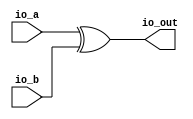
module xor2(
  input   io_a,
  input   io_b,
  output  io_out
);
  assign io_out = io_a ^ io_b; // @[getOnesComplement.scala 13:20]
endmodule
module getOnesComplement(
  input         clock,
  input         reset,
  input         io_cin,
  input  [63:0] io_i1,
  output [63:0] io_onesComp
);
  wire  xor_0_io_a; // @[getOnesComplement.scala 24:33]
  wire  xor_0_io_b; // @[getOnesComplement.scala 24:33]
  wire  xor_0_io_out; // @[getOnesComplement.scala 24:33]
  wire  xor_1_io_a; // @[getOnesComplement.scala 24:33]
  wire  xor_1_io_b; // @[getOnesComplement.scala 24:33]
  wire  xor_1_io_out; // @[getOnesComplement.scala 24:33]
  wire  xor_2_io_a; // @[getOnesComplement.scala 24:33]
  wire  xor_2_io_b; // @[getOnesComplement.scala 24:33]
  wire  xor_2_io_out; // @[getOnesComplement.scala 24:33]
  wire  xor_3_io_a; // @[getOnesComplement.scala 24:33]
  wire  xor_3_io_b; // @[getOnesComplement.scala 24:33]
  wire  xor_3_io_out; // @[getOnesComplement.scala 24:33]
  wire  xor_4_io_a; // @[getOnesComplement.scala 24:33]
  wire  xor_4_io_b; // @[getOnesComplement.scala 24:33]
  wire  xor_4_io_out; // @[getOnesComplement.scala 24:33]
  wire  xor_5_io_a; // @[getOnesComplement.scala 24:33]
  wire  xor_5_io_b; // @[getOnesComplement.scala 24:33]
  wire  xor_5_io_out; // @[getOnesComplement.scala 24:33]
  wire  xor_6_io_a; // @[getOnesComplement.scala 24:33]
  wire  xor_6_io_b; // @[getOnesComplement.scala 24:33]
  wire  xor_6_io_out; // @[getOnesComplement.scala 24:33]
  wire  xor_7_io_a; // @[getOnesComplement.scala 24:33]
  wire  xor_7_io_b; // @[getOnesComplement.scala 24:33]
  wire  xor_7_io_out; // @[getOnesComplement.scala 24:33]
  wire  xor_8_io_a; // @[getOnesComplement.scala 24:33]
  wire  xor_8_io_b; // @[getOnesComplement.scala 24:33]
  wire  xor_8_io_out; // @[getOnesComplement.scala 24:33]
  wire  xor_9_io_a; // @[getOnesComplement.scala 24:33]
  wire  xor_9_io_b; // @[getOnesComplement.scala 24:33]
  wire  xor_9_io_out; // @[getOnesComplement.scala 24:33]
  wire  xor_10_io_a; // @[getOnesComplement.scala 24:33]
  wire  xor_10_io_b; // @[getOnesComplement.scala 24:33]
  wire  xor_10_io_out; // @[getOnesComplement.scala 24:33]
  wire  xor_11_io_a; // @[getOnesComplement.scala 24:33]
  wire  xor_11_io_b; // @[getOnesComplement.scala 24:33]
  wire  xor_11_io_out; // @[getOnesComplement.scala 24:33]
  wire  xor_12_io_a; // @[getOnesComplement.scala 24:33]
  wire  xor_12_io_b; // @[getOnesComplement.scala 24:33]
  wire  xor_12_io_out; // @[getOnesComplement.scala 24:33]
  wire  xor_13_io_a; // @[getOnesComplement.scala 24:33]
  wire  xor_13_io_b; // @[getOnesComplement.scala 24:33]
  wire  xor_13_io_out; // @[getOnesComplement.scala 24:33]
  wire  xor_14_io_a; // @[getOnesComplement.scala 24:33]
  wire  xor_14_io_b; // @[getOnesComplement.scala 24:33]
  wire  xor_14_io_out; // @[getOnesComplement.scala 24:33]
  wire  xor_15_io_a; // @[getOnesComplement.scala 24:33]
  wire  xor_15_io_b; // @[getOnesComplement.scala 24:33]
  wire  xor_15_io_out; // @[getOnesComplement.scala 24:33]
  wire  xor_16_io_a; // @[getOnesComplement.scala 24:33]
  wire  xor_16_io_b; // @[getOnesComplement.scala 24:33]
  wire  xor_16_io_out; // @[getOnesComplement.scala 24:33]
  wire  xor_17_io_a; // @[getOnesComplement.scala 24:33]
  wire  xor_17_io_b; // @[getOnesComplement.scala 24:33]
  wire  xor_17_io_out; // @[getOnesComplement.scala 24:33]
  wire  xor_18_io_a; // @[getOnesComplement.scala 24:33]
  wire  xor_18_io_b; // @[getOnesComplement.scala 24:33]
  wire  xor_18_io_out; // @[getOnesComplement.scala 24:33]
  wire  xor_19_io_a; // @[getOnesComplement.scala 24:33]
  wire  xor_19_io_b; // @[getOnesComplement.scala 24:33]
  wire  xor_19_io_out; // @[getOnesComplement.scala 24:33]
  wire  xor_20_io_a; // @[getOnesComplement.scala 24:33]
  wire  xor_20_io_b; // @[getOnesComplement.scala 24:33]
  wire  xor_20_io_out; // @[getOnesComplement.scala 24:33]
  wire  xor_21_io_a; // @[getOnesComplement.scala 24:33]
  wire  xor_21_io_b; // @[getOnesComplement.scala 24:33]
  wire  xor_21_io_out; // @[getOnesComplement.scala 24:33]
  wire  xor_22_io_a; // @[getOnesComplement.scala 24:33]
  wire  xor_22_io_b; // @[getOnesComplement.scala 24:33]
  wire  xor_22_io_out; // @[getOnesComplement.scala 24:33]
  wire  xor_23_io_a; // @[getOnesComplement.scala 24:33]
  wire  xor_23_io_b; // @[getOnesComplement.scala 24:33]
  wire  xor_23_io_out; // @[getOnesComplement.scala 24:33]
  wire  xor_24_io_a; // @[getOnesComplement.scala 24:33]
  wire  xor_24_io_b; // @[getOnesComplement.scala 24:33]
  wire  xor_24_io_out; // @[getOnesComplement.scala 24:33]
  wire  xor_25_io_a; // @[getOnesComplement.scala 24:33]
  wire  xor_25_io_b; // @[getOnesComplement.scala 24:33]
  wire  xor_25_io_out; // @[getOnesComplement.scala 24:33]
  wire  xor_26_io_a; // @[getOnesComplement.scala 24:33]
  wire  xor_26_io_b; // @[getOnesComplement.scala 24:33]
  wire  xor_26_io_out; // @[getOnesComplement.scala 24:33]
  wire  xor_27_io_a; // @[getOnesComplement.scala 24:33]
  wire  xor_27_io_b; // @[getOnesComplement.scala 24:33]
  wire  xor_27_io_out; // @[getOnesComplement.scala 24:33]
  wire  xor_28_io_a; // @[getOnesComplement.scala 24:33]
  wire  xor_28_io_b; // @[getOnesComplement.scala 24:33]
  wire  xor_28_io_out; // @[getOnesComplement.scala 24:33]
  wire  xor_29_io_a; // @[getOnesComplement.scala 24:33]
  wire  xor_29_io_b; // @[getOnesComplement.scala 24:33]
  wire  xor_29_io_out; // @[getOnesComplement.scala 24:33]
  wire  xor_30_io_a; // @[getOnesComplement.scala 24:33]
  wire  xor_30_io_b; // @[getOnesComplement.scala 24:33]
  wire  xor_30_io_out; // @[getOnesComplement.scala 24:33]
  wire  xor_31_io_a; // @[getOnesComplement.scala 24:33]
  wire  xor_31_io_b; // @[getOnesComplement.scala 24:33]
  wire  xor_31_io_out; // @[getOnesComplement.scala 24:33]
  wire  xor_32_io_a; // @[getOnesComplement.scala 24:33]
  wire  xor_32_io_b; // @[getOnesComplement.scala 24:33]
  wire  xor_32_io_out; // @[getOnesComplement.scala 24:33]
  wire  xor_33_io_a; // @[getOnesComplement.scala 24:33]
  wire  xor_33_io_b; // @[getOnesComplement.scala 24:33]
  wire  xor_33_io_out; // @[getOnesComplement.scala 24:33]
  wire  xor_34_io_a; // @[getOnesComplement.scala 24:33]
  wire  xor_34_io_b; // @[getOnesComplement.scala 24:33]
  wire  xor_34_io_out; // @[getOnesComplement.scala 24:33]
  wire  xor_35_io_a; // @[getOnesComplement.scala 24:33]
  wire  xor_35_io_b; // @[getOnesComplement.scala 24:33]
  wire  xor_35_io_out; // @[getOnesComplement.scala 24:33]
  wire  xor_36_io_a; // @[getOnesComplement.scala 24:33]
  wire  xor_36_io_b; // @[getOnesComplement.scala 24:33]
  wire  xor_36_io_out; // @[getOnesComplement.scala 24:33]
  wire  xor_37_io_a; // @[getOnesComplement.scala 24:33]
  wire  xor_37_io_b; // @[getOnesComplement.scala 24:33]
  wire  xor_37_io_out; // @[getOnesComplement.scala 24:33]
  wire  xor_38_io_a; // @[getOnesComplement.scala 24:33]
  wire  xor_38_io_b; // @[getOnesComplement.scala 24:33]
  wire  xor_38_io_out; // @[getOnesComplement.scala 24:33]
  wire  xor_39_io_a; // @[getOnesComplement.scala 24:33]
  wire  xor_39_io_b; // @[getOnesComplement.scala 24:33]
  wire  xor_39_io_out; // @[getOnesComplement.scala 24:33]
  wire  xor_40_io_a; // @[getOnesComplement.scala 24:33]
  wire  xor_40_io_b; // @[getOnesComplement.scala 24:33]
  wire  xor_40_io_out; // @[getOnesComplement.scala 24:33]
  wire  xor_41_io_a; // @[getOnesComplement.scala 24:33]
  wire  xor_41_io_b; // @[getOnesComplement.scala 24:33]
  wire  xor_41_io_out; // @[getOnesComplement.scala 24:33]
  wire  xor_42_io_a; // @[getOnesComplement.scala 24:33]
  wire  xor_42_io_b; // @[getOnesComplement.scala 24:33]
  wire  xor_42_io_out; // @[getOnesComplement.scala 24:33]
  wire  xor_43_io_a; // @[getOnesComplement.scala 24:33]
  wire  xor_43_io_b; // @[getOnesComplement.scala 24:33]
  wire  xor_43_io_out; // @[getOnesComplement.scala 24:33]
  wire  xor_44_io_a; // @[getOnesComplement.scala 24:33]
  wire  xor_44_io_b; // @[getOnesComplement.scala 24:33]
  wire  xor_44_io_out; // @[getOnesComplement.scala 24:33]
  wire  xor_45_io_a; // @[getOnesComplement.scala 24:33]
  wire  xor_45_io_b; // @[getOnesComplement.scala 24:33]
  wire  xor_45_io_out; // @[getOnesComplement.scala 24:33]
  wire  xor_46_io_a; // @[getOnesComplement.scala 24:33]
  wire  xor_46_io_b; // @[getOnesComplement.scala 24:33]
  wire  xor_46_io_out; // @[getOnesComplement.scala 24:33]
  wire  xor_47_io_a; // @[getOnesComplement.scala 24:33]
  wire  xor_47_io_b; // @[getOnesComplement.scala 24:33]
  wire  xor_47_io_out; // @[getOnesComplement.scala 24:33]
  wire  xor_48_io_a; // @[getOnesComplement.scala 24:33]
  wire  xor_48_io_b; // @[getOnesComplement.scala 24:33]
  wire  xor_48_io_out; // @[getOnesComplement.scala 24:33]
  wire  xor_49_io_a; // @[getOnesComplement.scala 24:33]
  wire  xor_49_io_b; // @[getOnesComplement.scala 24:33]
  wire  xor_49_io_out; // @[getOnesComplement.scala 24:33]
  wire  xor_50_io_a; // @[getOnesComplement.scala 24:33]
  wire  xor_50_io_b; // @[getOnesComplement.scala 24:33]
  wire  xor_50_io_out; // @[getOnesComplement.scala 24:33]
  wire  xor_51_io_a; // @[getOnesComplement.scala 24:33]
  wire  xor_51_io_b; // @[getOnesComplement.scala 24:33]
  wire  xor_51_io_out; // @[getOnesComplement.scala 24:33]
  wire  xor_52_io_a; // @[getOnesComplement.scala 24:33]
  wire  xor_52_io_b; // @[getOnesComplement.scala 24:33]
  wire  xor_52_io_out; // @[getOnesComplement.scala 24:33]
  wire  xor_53_io_a; // @[getOnesComplement.scala 24:33]
  wire  xor_53_io_b; // @[getOnesComplement.scala 24:33]
  wire  xor_53_io_out; // @[getOnesComplement.scala 24:33]
  wire  xor_54_io_a; // @[getOnesComplement.scala 24:33]
  wire  xor_54_io_b; // @[getOnesComplement.scala 24:33]
  wire  xor_54_io_out; // @[getOnesComplement.scala 24:33]
  wire  xor_55_io_a; // @[getOnesComplement.scala 24:33]
  wire  xor_55_io_b; // @[getOnesComplement.scala 24:33]
  wire  xor_55_io_out; // @[getOnesComplement.scala 24:33]
  wire  xor_56_io_a; // @[getOnesComplement.scala 24:33]
  wire  xor_56_io_b; // @[getOnesComplement.scala 24:33]
  wire  xor_56_io_out; // @[getOnesComplement.scala 24:33]
  wire  xor_57_io_a; // @[getOnesComplement.scala 24:33]
  wire  xor_57_io_b; // @[getOnesComplement.scala 24:33]
  wire  xor_57_io_out; // @[getOnesComplement.scala 24:33]
  wire  xor_58_io_a; // @[getOnesComplement.scala 24:33]
  wire  xor_58_io_b; // @[getOnesComplement.scala 24:33]
  wire  xor_58_io_out; // @[getOnesComplement.scala 24:33]
  wire  xor_59_io_a; // @[getOnesComplement.scala 24:33]
  wire  xor_59_io_b; // @[getOnesComplement.scala 24:33]
  wire  xor_59_io_out; // @[getOnesComplement.scala 24:33]
  wire  xor_60_io_a; // @[getOnesComplement.scala 24:33]
  wire  xor_60_io_b; // @[getOnesComplement.scala 24:33]
  wire  xor_60_io_out; // @[getOnesComplement.scala 24:33]
  wire  xor_61_io_a; // @[getOnesComplement.scala 24:33]
  wire  xor_61_io_b; // @[getOnesComplement.scala 24:33]
  wire  xor_61_io_out; // @[getOnesComplement.scala 24:33]
  wire  xor_62_io_a; // @[getOnesComplement.scala 24:33]
  wire  xor_62_io_b; // @[getOnesComplement.scala 24:33]
  wire  xor_62_io_out; // @[getOnesComplement.scala 24:33]
  wire  xor_63_io_a; // @[getOnesComplement.scala 24:33]
  wire  xor_63_io_b; // @[getOnesComplement.scala 24:33]
  wire  xor_63_io_out; // @[getOnesComplement.scala 24:33]
  wire [7:0] lo_lo_lo = {xor_7_io_out,xor_6_io_out,xor_5_io_out,xor_4_io_out,xor_3_io_out,xor_2_io_out,xor_1_io_out,
    xor_0_io_out}; // @[Cat.scala 30:58]
  wire [15:0] lo_lo = {xor_15_io_out,xor_14_io_out,xor_13_io_out,xor_12_io_out,xor_11_io_out,xor_10_io_out,xor_9_io_out,
    xor_8_io_out,lo_lo_lo}; // @[Cat.scala 30:58]
  wire [7:0] lo_hi_lo = {xor_23_io_out,xor_22_io_out,xor_21_io_out,xor_20_io_out,xor_19_io_out,xor_18_io_out,
    xor_17_io_out,xor_16_io_out}; // @[Cat.scala 30:58]
  wire [31:0] lo = {xor_31_io_out,xor_30_io_out,xor_29_io_out,xor_28_io_out,xor_27_io_out,xor_26_io_out,xor_25_io_out,
    xor_24_io_out,lo_hi_lo,lo_lo}; // @[Cat.scala 30:58]
  wire [7:0] hi_lo_lo = {xor_39_io_out,xor_38_io_out,xor_37_io_out,xor_36_io_out,xor_35_io_out,xor_34_io_out,
    xor_33_io_out,xor_32_io_out}; // @[Cat.scala 30:58]
  wire [15:0] hi_lo = {xor_47_io_out,xor_46_io_out,xor_45_io_out,xor_44_io_out,xor_43_io_out,xor_42_io_out,xor_41_io_out
    ,xor_40_io_out,hi_lo_lo}; // @[Cat.scala 30:58]
  wire [7:0] hi_hi_lo = {xor_55_io_out,xor_54_io_out,xor_53_io_out,xor_52_io_out,xor_51_io_out,xor_50_io_out,
    xor_49_io_out,xor_48_io_out}; // @[Cat.scala 30:58]
  wire [31:0] hi = {xor_63_io_out,xor_62_io_out,xor_61_io_out,xor_60_io_out,xor_59_io_out,xor_58_io_out,xor_57_io_out,
    xor_56_io_out,hi_hi_lo,hi_lo}; // @[Cat.scala 30:58]
  xor2 xor_0 ( // @[getOnesComplement.scala 24:33]
    .io_a(xor_0_io_a),
    .io_b(xor_0_io_b),
    .io_out(xor_0_io_out)
  );
  xor2 xor_1 ( // @[getOnesComplement.scala 24:33]
    .io_a(xor_1_io_a),
    .io_b(xor_1_io_b),
    .io_out(xor_1_io_out)
  );
  xor2 xor_2 ( // @[getOnesComplement.scala 24:33]
    .io_a(xor_2_io_a),
    .io_b(xor_2_io_b),
    .io_out(xor_2_io_out)
  );
  xor2 xor_3 ( // @[getOnesComplement.scala 24:33]
    .io_a(xor_3_io_a),
    .io_b(xor_3_io_b),
    .io_out(xor_3_io_out)
  );
  xor2 xor_4 ( // @[getOnesComplement.scala 24:33]
    .io_a(xor_4_io_a),
    .io_b(xor_4_io_b),
    .io_out(xor_4_io_out)
  );
  xor2 xor_5 ( // @[getOnesComplement.scala 24:33]
    .io_a(xor_5_io_a),
    .io_b(xor_5_io_b),
    .io_out(xor_5_io_out)
  );
  xor2 xor_6 ( // @[getOnesComplement.scala 24:33]
    .io_a(xor_6_io_a),
    .io_b(xor_6_io_b),
    .io_out(xor_6_io_out)
  );
  xor2 xor_7 ( // @[getOnesComplement.scala 24:33]
    .io_a(xor_7_io_a),
    .io_b(xor_7_io_b),
    .io_out(xor_7_io_out)
  );
  xor2 xor_8 ( // @[getOnesComplement.scala 24:33]
    .io_a(xor_8_io_a),
    .io_b(xor_8_io_b),
    .io_out(xor_8_io_out)
  );
  xor2 xor_9 ( // @[getOnesComplement.scala 24:33]
    .io_a(xor_9_io_a),
    .io_b(xor_9_io_b),
    .io_out(xor_9_io_out)
  );
  xor2 xor_10 ( // @[getOnesComplement.scala 24:33]
    .io_a(xor_10_io_a),
    .io_b(xor_10_io_b),
    .io_out(xor_10_io_out)
  );
  xor2 xor_11 ( // @[getOnesComplement.scala 24:33]
    .io_a(xor_11_io_a),
    .io_b(xor_11_io_b),
    .io_out(xor_11_io_out)
  );
  xor2 xor_12 ( // @[getOnesComplement.scala 24:33]
    .io_a(xor_12_io_a),
    .io_b(xor_12_io_b),
    .io_out(xor_12_io_out)
  );
  xor2 xor_13 ( // @[getOnesComplement.scala 24:33]
    .io_a(xor_13_io_a),
    .io_b(xor_13_io_b),
    .io_out(xor_13_io_out)
  );
  xor2 xor_14 ( // @[getOnesComplement.scala 24:33]
    .io_a(xor_14_io_a),
    .io_b(xor_14_io_b),
    .io_out(xor_14_io_out)
  );
  xor2 xor_15 ( // @[getOnesComplement.scala 24:33]
    .io_a(xor_15_io_a),
    .io_b(xor_15_io_b),
    .io_out(xor_15_io_out)
  );
  xor2 xor_16 ( // @[getOnesComplement.scala 24:33]
    .io_a(xor_16_io_a),
    .io_b(xor_16_io_b),
    .io_out(xor_16_io_out)
  );
  xor2 xor_17 ( // @[getOnesComplement.scala 24:33]
    .io_a(xor_17_io_a),
    .io_b(xor_17_io_b),
    .io_out(xor_17_io_out)
  );
  xor2 xor_18 ( // @[getOnesComplement.scala 24:33]
    .io_a(xor_18_io_a),
    .io_b(xor_18_io_b),
    .io_out(xor_18_io_out)
  );
  xor2 xor_19 ( // @[getOnesComplement.scala 24:33]
    .io_a(xor_19_io_a),
    .io_b(xor_19_io_b),
    .io_out(xor_19_io_out)
  );
  xor2 xor_20 ( // @[getOnesComplement.scala 24:33]
    .io_a(xor_20_io_a),
    .io_b(xor_20_io_b),
    .io_out(xor_20_io_out)
  );
  xor2 xor_21 ( // @[getOnesComplement.scala 24:33]
    .io_a(xor_21_io_a),
    .io_b(xor_21_io_b),
    .io_out(xor_21_io_out)
  );
  xor2 xor_22 ( // @[getOnesComplement.scala 24:33]
    .io_a(xor_22_io_a),
    .io_b(xor_22_io_b),
    .io_out(xor_22_io_out)
  );
  xor2 xor_23 ( // @[getOnesComplement.scala 24:33]
    .io_a(xor_23_io_a),
    .io_b(xor_23_io_b),
    .io_out(xor_23_io_out)
  );
  xor2 xor_24 ( // @[getOnesComplement.scala 24:33]
    .io_a(xor_24_io_a),
    .io_b(xor_24_io_b),
    .io_out(xor_24_io_out)
  );
  xor2 xor_25 ( // @[getOnesComplement.scala 24:33]
    .io_a(xor_25_io_a),
    .io_b(xor_25_io_b),
    .io_out(xor_25_io_out)
  );
  xor2 xor_26 ( // @[getOnesComplement.scala 24:33]
    .io_a(xor_26_io_a),
    .io_b(xor_26_io_b),
    .io_out(xor_26_io_out)
  );
  xor2 xor_27 ( // @[getOnesComplement.scala 24:33]
    .io_a(xor_27_io_a),
    .io_b(xor_27_io_b),
    .io_out(xor_27_io_out)
  );
  xor2 xor_28 ( // @[getOnesComplement.scala 24:33]
    .io_a(xor_28_io_a),
    .io_b(xor_28_io_b),
    .io_out(xor_28_io_out)
  );
  xor2 xor_29 ( // @[getOnesComplement.scala 24:33]
    .io_a(xor_29_io_a),
    .io_b(xor_29_io_b),
    .io_out(xor_29_io_out)
  );
  xor2 xor_30 ( // @[getOnesComplement.scala 24:33]
    .io_a(xor_30_io_a),
    .io_b(xor_30_io_b),
    .io_out(xor_30_io_out)
  );
  xor2 xor_31 ( // @[getOnesComplement.scala 24:33]
    .io_a(xor_31_io_a),
    .io_b(xor_31_io_b),
    .io_out(xor_31_io_out)
  );
  xor2 xor_32 ( // @[getOnesComplement.scala 24:33]
    .io_a(xor_32_io_a),
    .io_b(xor_32_io_b),
    .io_out(xor_32_io_out)
  );
  xor2 xor_33 ( // @[getOnesComplement.scala 24:33]
    .io_a(xor_33_io_a),
    .io_b(xor_33_io_b),
    .io_out(xor_33_io_out)
  );
  xor2 xor_34 ( // @[getOnesComplement.scala 24:33]
    .io_a(xor_34_io_a),
    .io_b(xor_34_io_b),
    .io_out(xor_34_io_out)
  );
  xor2 xor_35 ( // @[getOnesComplement.scala 24:33]
    .io_a(xor_35_io_a),
    .io_b(xor_35_io_b),
    .io_out(xor_35_io_out)
  );
  xor2 xor_36 ( // @[getOnesComplement.scala 24:33]
    .io_a(xor_36_io_a),
    .io_b(xor_36_io_b),
    .io_out(xor_36_io_out)
  );
  xor2 xor_37 ( // @[getOnesComplement.scala 24:33]
    .io_a(xor_37_io_a),
    .io_b(xor_37_io_b),
    .io_out(xor_37_io_out)
  );
  xor2 xor_38 ( // @[getOnesComplement.scala 24:33]
    .io_a(xor_38_io_a),
    .io_b(xor_38_io_b),
    .io_out(xor_38_io_out)
  );
  xor2 xor_39 ( // @[getOnesComplement.scala 24:33]
    .io_a(xor_39_io_a),
    .io_b(xor_39_io_b),
    .io_out(xor_39_io_out)
  );
  xor2 xor_40 ( // @[getOnesComplement.scala 24:33]
    .io_a(xor_40_io_a),
    .io_b(xor_40_io_b),
    .io_out(xor_40_io_out)
  );
  xor2 xor_41 ( // @[getOnesComplement.scala 24:33]
    .io_a(xor_41_io_a),
    .io_b(xor_41_io_b),
    .io_out(xor_41_io_out)
  );
  xor2 xor_42 ( // @[getOnesComplement.scala 24:33]
    .io_a(xor_42_io_a),
    .io_b(xor_42_io_b),
    .io_out(xor_42_io_out)
  );
  xor2 xor_43 ( // @[getOnesComplement.scala 24:33]
    .io_a(xor_43_io_a),
    .io_b(xor_43_io_b),
    .io_out(xor_43_io_out)
  );
  xor2 xor_44 ( // @[getOnesComplement.scala 24:33]
    .io_a(xor_44_io_a),
    .io_b(xor_44_io_b),
    .io_out(xor_44_io_out)
  );
  xor2 xor_45 ( // @[getOnesComplement.scala 24:33]
    .io_a(xor_45_io_a),
    .io_b(xor_45_io_b),
    .io_out(xor_45_io_out)
  );
  xor2 xor_46 ( // @[getOnesComplement.scala 24:33]
    .io_a(xor_46_io_a),
    .io_b(xor_46_io_b),
    .io_out(xor_46_io_out)
  );
  xor2 xor_47 ( // @[getOnesComplement.scala 24:33]
    .io_a(xor_47_io_a),
    .io_b(xor_47_io_b),
    .io_out(xor_47_io_out)
  );
  xor2 xor_48 ( // @[getOnesComplement.scala 24:33]
    .io_a(xor_48_io_a),
    .io_b(xor_48_io_b),
    .io_out(xor_48_io_out)
  );
  xor2 xor_49 ( // @[getOnesComplement.scala 24:33]
    .io_a(xor_49_io_a),
    .io_b(xor_49_io_b),
    .io_out(xor_49_io_out)
  );
  xor2 xor_50 ( // @[getOnesComplement.scala 24:33]
    .io_a(xor_50_io_a),
    .io_b(xor_50_io_b),
    .io_out(xor_50_io_out)
  );
  xor2 xor_51 ( // @[getOnesComplement.scala 24:33]
    .io_a(xor_51_io_a),
    .io_b(xor_51_io_b),
    .io_out(xor_51_io_out)
  );
  xor2 xor_52 ( // @[getOnesComplement.scala 24:33]
    .io_a(xor_52_io_a),
    .io_b(xor_52_io_b),
    .io_out(xor_52_io_out)
  );
  xor2 xor_53 ( // @[getOnesComplement.scala 24:33]
    .io_a(xor_53_io_a),
    .io_b(xor_53_io_b),
    .io_out(xor_53_io_out)
  );
  xor2 xor_54 ( // @[getOnesComplement.scala 24:33]
    .io_a(xor_54_io_a),
    .io_b(xor_54_io_b),
    .io_out(xor_54_io_out)
  );
  xor2 xor_55 ( // @[getOnesComplement.scala 24:33]
    .io_a(xor_55_io_a),
    .io_b(xor_55_io_b),
    .io_out(xor_55_io_out)
  );
  xor2 xor_56 ( // @[getOnesComplement.scala 24:33]
    .io_a(xor_56_io_a),
    .io_b(xor_56_io_b),
    .io_out(xor_56_io_out)
  );
  xor2 xor_57 ( // @[getOnesComplement.scala 24:33]
    .io_a(xor_57_io_a),
    .io_b(xor_57_io_b),
    .io_out(xor_57_io_out)
  );
  xor2 xor_58 ( // @[getOnesComplement.scala 24:33]
    .io_a(xor_58_io_a),
    .io_b(xor_58_io_b),
    .io_out(xor_58_io_out)
  );
  xor2 xor_59 ( // @[getOnesComplement.scala 24:33]
    .io_a(xor_59_io_a),
    .io_b(xor_59_io_b),
    .io_out(xor_59_io_out)
  );
  xor2 xor_60 ( // @[getOnesComplement.scala 24:33]
    .io_a(xor_60_io_a),
    .io_b(xor_60_io_b),
    .io_out(xor_60_io_out)
  );
  xor2 xor_61 ( // @[getOnesComplement.scala 24:33]
    .io_a(xor_61_io_a),
    .io_b(xor_61_io_b),
    .io_out(xor_61_io_out)
  );
  xor2 xor_62 ( // @[getOnesComplement.scala 24:33]
    .io_a(xor_62_io_a),
    .io_b(xor_62_io_b),
    .io_out(xor_62_io_out)
  );
  xor2 xor_63 ( // @[getOnesComplement.scala 24:33]
    .io_a(xor_63_io_a),
    .io_b(xor_63_io_b),
    .io_out(xor_63_io_out)
  );
  assign io_onesComp = {hi,lo}; // @[Cat.scala 30:58]
  assign xor_0_io_a = io_i1[0]; // @[getOnesComplement.scala 27:29]
  assign xor_0_io_b = io_cin; // @[getOnesComplement.scala 28:21]
  assign xor_1_io_a = io_i1[1]; // @[getOnesComplement.scala 27:29]
  assign xor_1_io_b = io_cin; // @[getOnesComplement.scala 28:21]
  assign xor_2_io_a = io_i1[2]; // @[getOnesComplement.scala 27:29]
  assign xor_2_io_b = io_cin; // @[getOnesComplement.scala 28:21]
  assign xor_3_io_a = io_i1[3]; // @[getOnesComplement.scala 27:29]
  assign xor_3_io_b = io_cin; // @[getOnesComplement.scala 28:21]
  assign xor_4_io_a = io_i1[4]; // @[getOnesComplement.scala 27:29]
  assign xor_4_io_b = io_cin; // @[getOnesComplement.scala 28:21]
  assign xor_5_io_a = io_i1[5]; // @[getOnesComplement.scala 27:29]
  assign xor_5_io_b = io_cin; // @[getOnesComplement.scala 28:21]
  assign xor_6_io_a = io_i1[6]; // @[getOnesComplement.scala 27:29]
  assign xor_6_io_b = io_cin; // @[getOnesComplement.scala 28:21]
  assign xor_7_io_a = io_i1[7]; // @[getOnesComplement.scala 27:29]
  assign xor_7_io_b = io_cin; // @[getOnesComplement.scala 28:21]
  assign xor_8_io_a = io_i1[8]; // @[getOnesComplement.scala 27:29]
  assign xor_8_io_b = io_cin; // @[getOnesComplement.scala 28:21]
  assign xor_9_io_a = io_i1[9]; // @[getOnesComplement.scala 27:29]
  assign xor_9_io_b = io_cin; // @[getOnesComplement.scala 28:21]
  assign xor_10_io_a = io_i1[10]; // @[getOnesComplement.scala 27:29]
  assign xor_10_io_b = io_cin; // @[getOnesComplement.scala 28:21]
  assign xor_11_io_a = io_i1[11]; // @[getOnesComplement.scala 27:29]
  assign xor_11_io_b = io_cin; // @[getOnesComplement.scala 28:21]
  assign xor_12_io_a = io_i1[12]; // @[getOnesComplement.scala 27:29]
  assign xor_12_io_b = io_cin; // @[getOnesComplement.scala 28:21]
  assign xor_13_io_a = io_i1[13]; // @[getOnesComplement.scala 27:29]
  assign xor_13_io_b = io_cin; // @[getOnesComplement.scala 28:21]
  assign xor_14_io_a = io_i1[14]; // @[getOnesComplement.scala 27:29]
  assign xor_14_io_b = io_cin; // @[getOnesComplement.scala 28:21]
  assign xor_15_io_a = io_i1[15]; // @[getOnesComplement.scala 27:29]
  assign xor_15_io_b = io_cin; // @[getOnesComplement.scala 28:21]
  assign xor_16_io_a = io_i1[16]; // @[getOnesComplement.scala 27:29]
  assign xor_16_io_b = io_cin; // @[getOnesComplement.scala 28:21]
  assign xor_17_io_a = io_i1[17]; // @[getOnesComplement.scala 27:29]
  assign xor_17_io_b = io_cin; // @[getOnesComplement.scala 28:21]
  assign xor_18_io_a = io_i1[18]; // @[getOnesComplement.scala 27:29]
  assign xor_18_io_b = io_cin; // @[getOnesComplement.scala 28:21]
  assign xor_19_io_a = io_i1[19]; // @[getOnesComplement.scala 27:29]
  assign xor_19_io_b = io_cin; // @[getOnesComplement.scala 28:21]
  assign xor_20_io_a = io_i1[20]; // @[getOnesComplement.scala 27:29]
  assign xor_20_io_b = io_cin; // @[getOnesComplement.scala 28:21]
  assign xor_21_io_a = io_i1[21]; // @[getOnesComplement.scala 27:29]
  assign xor_21_io_b = io_cin; // @[getOnesComplement.scala 28:21]
  assign xor_22_io_a = io_i1[22]; // @[getOnesComplement.scala 27:29]
  assign xor_22_io_b = io_cin; // @[getOnesComplement.scala 28:21]
  assign xor_23_io_a = io_i1[23]; // @[getOnesComplement.scala 27:29]
  assign xor_23_io_b = io_cin; // @[getOnesComplement.scala 28:21]
  assign xor_24_io_a = io_i1[24]; // @[getOnesComplement.scala 27:29]
  assign xor_24_io_b = io_cin; // @[getOnesComplement.scala 28:21]
  assign xor_25_io_a = io_i1[25]; // @[getOnesComplement.scala 27:29]
  assign xor_25_io_b = io_cin; // @[getOnesComplement.scala 28:21]
  assign xor_26_io_a = io_i1[26]; // @[getOnesComplement.scala 27:29]
  assign xor_26_io_b = io_cin; // @[getOnesComplement.scala 28:21]
  assign xor_27_io_a = io_i1[27]; // @[getOnesComplement.scala 27:29]
  assign xor_27_io_b = io_cin; // @[getOnesComplement.scala 28:21]
  assign xor_28_io_a = io_i1[28]; // @[getOnesComplement.scala 27:29]
  assign xor_28_io_b = io_cin; // @[getOnesComplement.scala 28:21]
  assign xor_29_io_a = io_i1[29]; // @[getOnesComplement.scala 27:29]
  assign xor_29_io_b = io_cin; // @[getOnesComplement.scala 28:21]
  assign xor_30_io_a = io_i1[30]; // @[getOnesComplement.scala 27:29]
  assign xor_30_io_b = io_cin; // @[getOnesComplement.scala 28:21]
  assign xor_31_io_a = io_i1[31]; // @[getOnesComplement.scala 27:29]
  assign xor_31_io_b = io_cin; // @[getOnesComplement.scala 28:21]
  assign xor_32_io_a = io_i1[32]; // @[getOnesComplement.scala 27:29]
  assign xor_32_io_b = io_cin; // @[getOnesComplement.scala 28:21]
  assign xor_33_io_a = io_i1[33]; // @[getOnesComplement.scala 27:29]
  assign xor_33_io_b = io_cin; // @[getOnesComplement.scala 28:21]
  assign xor_34_io_a = io_i1[34]; // @[getOnesComplement.scala 27:29]
  assign xor_34_io_b = io_cin; // @[getOnesComplement.scala 28:21]
  assign xor_35_io_a = io_i1[35]; // @[getOnesComplement.scala 27:29]
  assign xor_35_io_b = io_cin; // @[getOnesComplement.scala 28:21]
  assign xor_36_io_a = io_i1[36]; // @[getOnesComplement.scala 27:29]
  assign xor_36_io_b = io_cin; // @[getOnesComplement.scala 28:21]
  assign xor_37_io_a = io_i1[37]; // @[getOnesComplement.scala 27:29]
  assign xor_37_io_b = io_cin; // @[getOnesComplement.scala 28:21]
  assign xor_38_io_a = io_i1[38]; // @[getOnesComplement.scala 27:29]
  assign xor_38_io_b = io_cin; // @[getOnesComplement.scala 28:21]
  assign xor_39_io_a = io_i1[39]; // @[getOnesComplement.scala 27:29]
  assign xor_39_io_b = io_cin; // @[getOnesComplement.scala 28:21]
  assign xor_40_io_a = io_i1[40]; // @[getOnesComplement.scala 27:29]
  assign xor_40_io_b = io_cin; // @[getOnesComplement.scala 28:21]
  assign xor_41_io_a = io_i1[41]; // @[getOnesComplement.scala 27:29]
  assign xor_41_io_b = io_cin; // @[getOnesComplement.scala 28:21]
  assign xor_42_io_a = io_i1[42]; // @[getOnesComplement.scala 27:29]
  assign xor_42_io_b = io_cin; // @[getOnesComplement.scala 28:21]
  assign xor_43_io_a = io_i1[43]; // @[getOnesComplement.scala 27:29]
  assign xor_43_io_b = io_cin; // @[getOnesComplement.scala 28:21]
  assign xor_44_io_a = io_i1[44]; // @[getOnesComplement.scala 27:29]
  assign xor_44_io_b = io_cin; // @[getOnesComplement.scala 28:21]
  assign xor_45_io_a = io_i1[45]; // @[getOnesComplement.scala 27:29]
  assign xor_45_io_b = io_cin; // @[getOnesComplement.scala 28:21]
  assign xor_46_io_a = io_i1[46]; // @[getOnesComplement.scala 27:29]
  assign xor_46_io_b = io_cin; // @[getOnesComplement.scala 28:21]
  assign xor_47_io_a = io_i1[47]; // @[getOnesComplement.scala 27:29]
  assign xor_47_io_b = io_cin; // @[getOnesComplement.scala 28:21]
  assign xor_48_io_a = io_i1[48]; // @[getOnesComplement.scala 27:29]
  assign xor_48_io_b = io_cin; // @[getOnesComplement.scala 28:21]
  assign xor_49_io_a = io_i1[49]; // @[getOnesComplement.scala 27:29]
  assign xor_49_io_b = io_cin; // @[getOnesComplement.scala 28:21]
  assign xor_50_io_a = io_i1[50]; // @[getOnesComplement.scala 27:29]
  assign xor_50_io_b = io_cin; // @[getOnesComplement.scala 28:21]
  assign xor_51_io_a = io_i1[51]; // @[getOnesComplement.scala 27:29]
  assign xor_51_io_b = io_cin; // @[getOnesComplement.scala 28:21]
  assign xor_52_io_a = io_i1[52]; // @[getOnesComplement.scala 27:29]
  assign xor_52_io_b = io_cin; // @[getOnesComplement.scala 28:21]
  assign xor_53_io_a = io_i1[53]; // @[getOnesComplement.scala 27:29]
  assign xor_53_io_b = io_cin; // @[getOnesComplement.scala 28:21]
  assign xor_54_io_a = io_i1[54]; // @[getOnesComplement.scala 27:29]
  assign xor_54_io_b = io_cin; // @[getOnesComplement.scala 28:21]
  assign xor_55_io_a = io_i1[55]; // @[getOnesComplement.scala 27:29]
  assign xor_55_io_b = io_cin; // @[getOnesComplement.scala 28:21]
  assign xor_56_io_a = io_i1[56]; // @[getOnesComplement.scala 27:29]
  assign xor_56_io_b = io_cin; // @[getOnesComplement.scala 28:21]
  assign xor_57_io_a = io_i1[57]; // @[getOnesComplement.scala 27:29]
  assign xor_57_io_b = io_cin; // @[getOnesComplement.scala 28:21]
  assign xor_58_io_a = io_i1[58]; // @[getOnesComplement.scala 27:29]
  assign xor_58_io_b = io_cin; // @[getOnesComplement.scala 28:21]
  assign xor_59_io_a = io_i1[59]; // @[getOnesComplement.scala 27:29]
  assign xor_59_io_b = io_cin; // @[getOnesComplement.scala 28:21]
  assign xor_60_io_a = io_i1[60]; // @[getOnesComplement.scala 27:29]
  assign xor_60_io_b = io_cin; // @[getOnesComplement.scala 28:21]
  assign xor_61_io_a = io_i1[61]; // @[getOnesComplement.scala 27:29]
  assign xor_61_io_b = io_cin; // @[getOnesComplement.scala 28:21]
  assign xor_62_io_a = io_i1[62]; // @[getOnesComplement.scala 27:29]
  assign xor_62_io_b = io_cin; // @[getOnesComplement.scala 28:21]
  assign xor_63_io_a = io_i1[63]; // @[getOnesComplement.scala 27:29]
  assign xor_63_io_b = io_cin; // @[getOnesComplement.scala 28:21]
endmodule